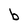
Character: b